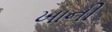
ખાની